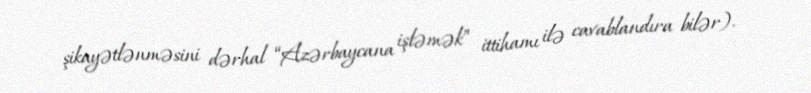
şikayətlənməsini dərhal “Azərbaycana işləmək” ittihamı ilə cavablandıra bilər).